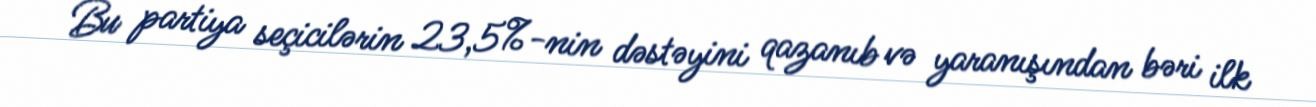
Bu partiya seçicilərin 23,5%-nin dəstəyini qazanıb və yaranışından bəri ilk